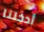
أدخلنا